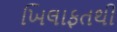
ખિલાફતથી